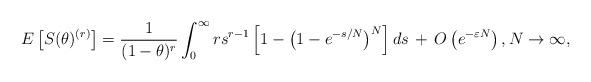
LaTeX: \begin{align*}E\left[S(\theta)^{(r)}\right]= \frac{1}{(1 - \theta)^r} \int_0^{\infty} r s^{r-1} \left[1 - \left(1 - e^{-s / N} \right)^N \right] ds \,+ \, O\left(e^{-\varepsilon N}\right),N \to \infty,\end{align*}